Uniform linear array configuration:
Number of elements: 16
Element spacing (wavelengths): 0.5
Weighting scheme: hann
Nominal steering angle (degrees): -60
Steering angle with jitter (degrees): -60.159
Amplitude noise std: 0.05
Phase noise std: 0.05

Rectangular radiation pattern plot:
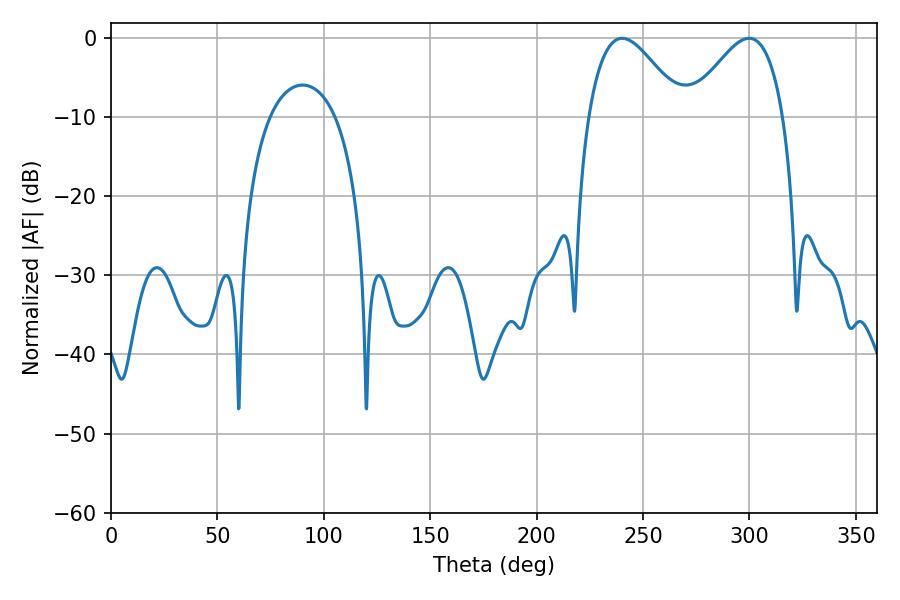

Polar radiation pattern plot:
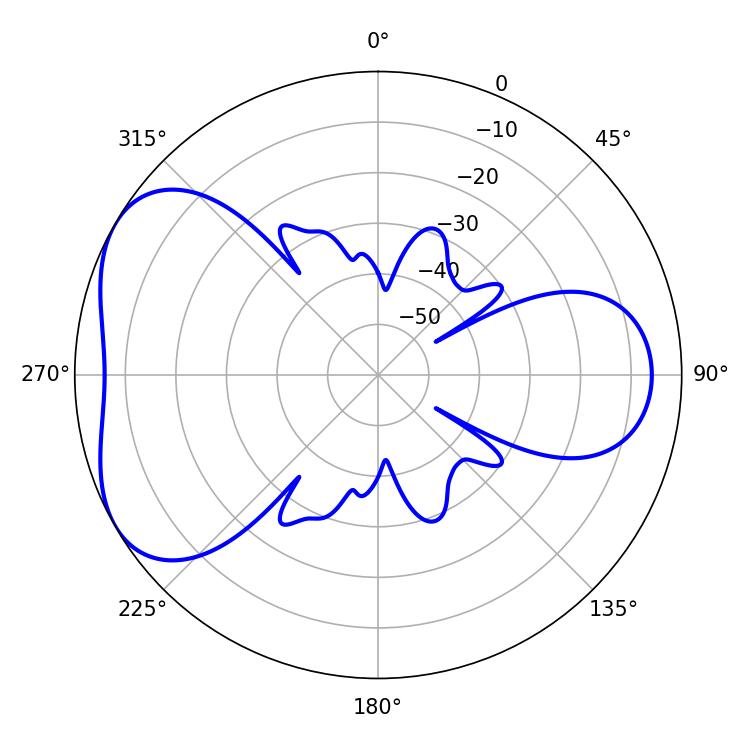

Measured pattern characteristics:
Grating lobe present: FALSE
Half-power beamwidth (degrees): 23.94
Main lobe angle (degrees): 240.12